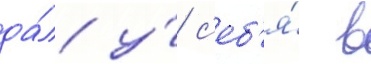
да́л у́ с'еб'я́ в